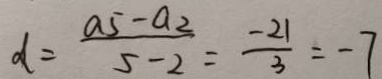
d = \frac { a _ { 5 } - a _ { 2 } } { 5 - 2 } = \frac { - 2 1 } { 3 } = - 7